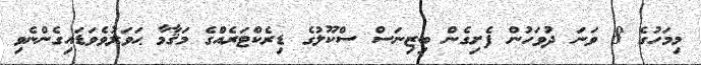
މިމަހުގެ 8 ވަނަ ދުވަހުން ފެށިގެން ބިޒިނަސް ސްކޫލުގެ ޑިރެކްޓަރެއްގެ މަޤާމާ ޙަވަލުވެވަޑައިގެންނެވި